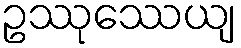
ဥဿုဿေယျ